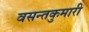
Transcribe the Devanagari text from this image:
वसन्तकुमारी